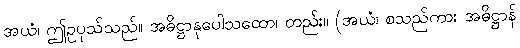
အယံ၊ ဤဥပုသ်သည်။ အဓိဋ္ဌာနုပေါသထော၊ တည်း။ (အယံ၊ စသည်ကား အဓိဋ္ဌာန်